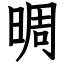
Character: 晭